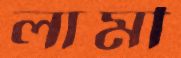
লামী